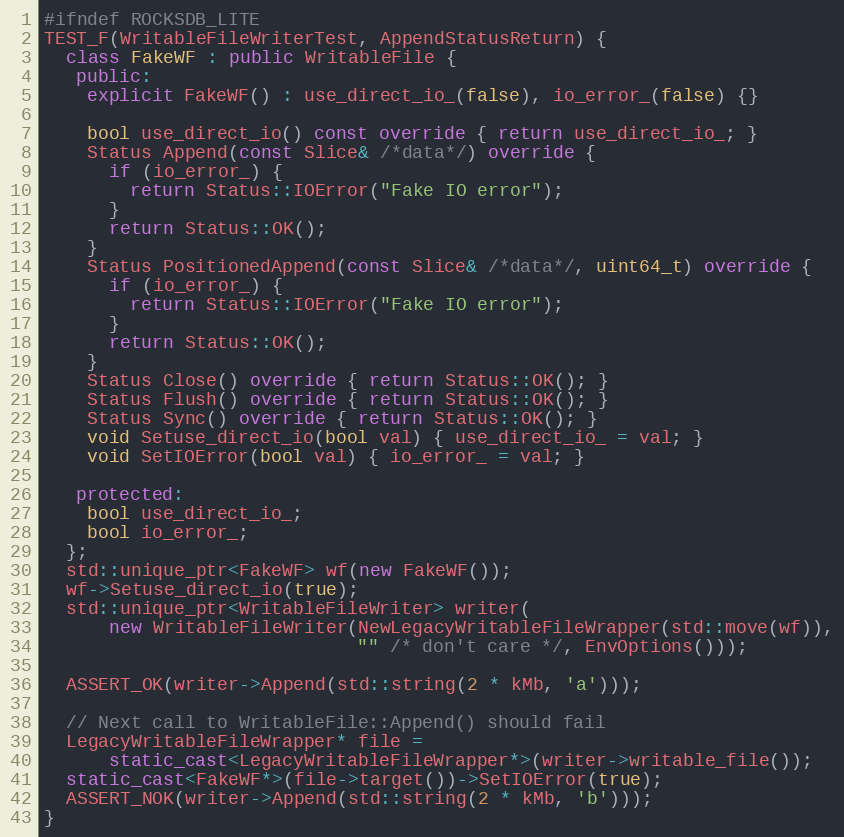
Language: C++
#ifndef ROCKSDB_LITE
TEST_F(WritableFileWriterTest, AppendStatusReturn) {
  class FakeWF : public WritableFile {
   public:
    explicit FakeWF() : use_direct_io_(false), io_error_(false) {}

    bool use_direct_io() const override { return use_direct_io_; }
    Status Append(const Slice& /*data*/) override {
      if (io_error_) {
        return Status::IOError("Fake IO error");
      }
      return Status::OK();
    }
    Status PositionedAppend(const Slice& /*data*/, uint64_t) override {
      if (io_error_) {
        return Status::IOError("Fake IO error");
      }
      return Status::OK();
    }
    Status Close() override { return Status::OK(); }
    Status Flush() override { return Status::OK(); }
    Status Sync() override { return Status::OK(); }
    void Setuse_direct_io(bool val) { use_direct_io_ = val; }
    void SetIOError(bool val) { io_error_ = val; }

   protected:
    bool use_direct_io_;
    bool io_error_;
  };
  std::unique_ptr<FakeWF> wf(new FakeWF());
  wf->Setuse_direct_io(true);
  std::unique_ptr<WritableFileWriter> writer(
      new WritableFileWriter(NewLegacyWritableFileWrapper(std::move(wf)),
                             "" /* don't care */, EnvOptions()));

  ASSERT_OK(writer->Append(std::string(2 * kMb, 'a')));

  // Next call to WritableFile::Append() should fail
  LegacyWritableFileWrapper* file =
      static_cast<LegacyWritableFileWrapper*>(writer->writable_file());
  static_cast<FakeWF*>(file->target())->SetIOError(true);
  ASSERT_NOK(writer->Append(std::string(2 * kMb, 'b')));
}